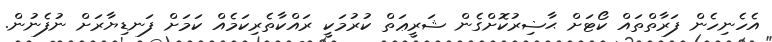
އެހެނިހެން ފަރާތްތައް ކޯޓަށް ޙާޟިރުކޮށްގެން ޝަރީޢަތް ކުރުމަކީ ރައްކާތެރިކަމެއް ކަމަށް ފަނޑިޔާރަށް ނުފެނުން.